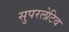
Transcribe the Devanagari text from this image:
सुपरलेटिव